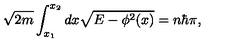
\sqrt { 2 m } \int _ { x _ { 1 } } ^ { x _ { 2 } } d x \sqrt { E - \phi ^ { 2 } ( x ) } = n \hbar \pi ,